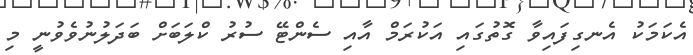
އެކަމަކު އެނގިފައިވާ ގޮތުގައި އަކުރަމް އާއި ސެންޓޭ ސުރު ކްލަބަށް ބަދަލުނުވެވުނީ މި